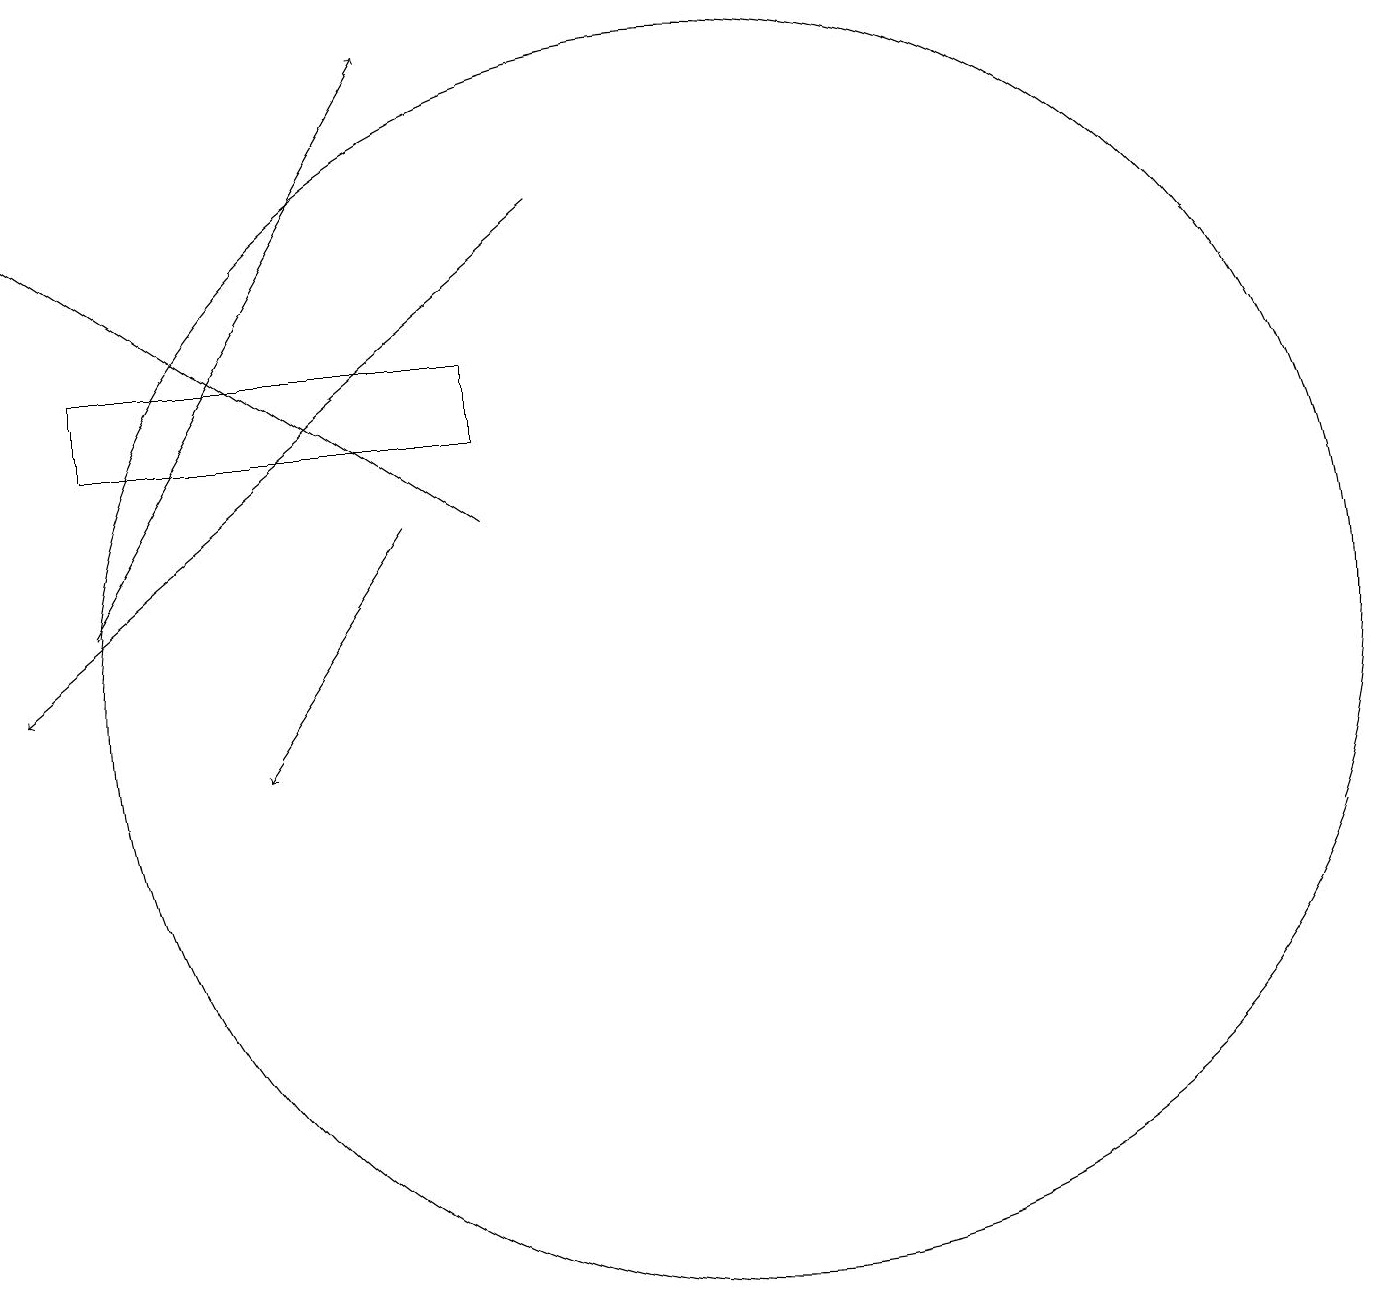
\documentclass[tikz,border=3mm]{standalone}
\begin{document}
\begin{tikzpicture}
\draw (2,15) rectangle (7,14);
\draw[->] (6,13) -- (4,10);
\draw (10,11) circle (8);
\draw[->] (2,12) -- (6,19);
\draw[->] (7,13) -- (1,17);
\draw[->] (8,17) -- (1,11);
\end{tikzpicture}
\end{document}